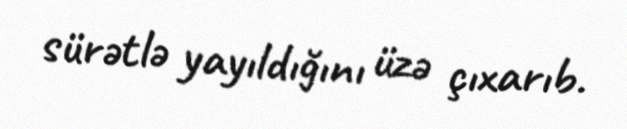
sürətlə yayıldığını üzə çıxarıb.